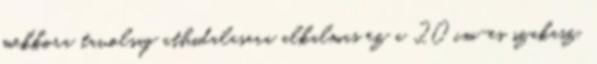
mekkora tavolsag athidalasara alkalmas ez a 20 cm-es szakasz.